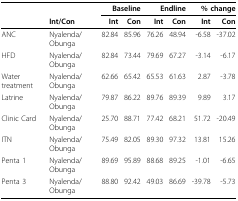
|  |  | <COLSPAN=2> Baseline | <COLSPAN=2> Endline | <COLSPAN=2> % change |
 |  | Int/Con | Int | Con | Int | Con | Int | Con |
 | --- | --- | --- | --- | --- | --- | --- | --- |
 | ANC | Nyalenda/Obunga | 82.84 | 85.96 | 76.26 | 48.94 | -6.58 | -37.02 |
 | HFD | Nyalenda/Obunga | 82.84 | 73.44 | 79.69 | 67.27 | -3.14 | -6.17 |
 | Water treatment | Nyalenda/Obunga | 62.66 | 65.42 | 65.53 | 61.63 | 2.87 | -3.78 |
 | Latrine | Nyalenda/Obunga | 79.87 | 86.22 | 89.76 | 89.39 | 9.89 | 3.17 |
 | Clinic Card | Nyalenda/Obunga | 25.70 | 88.71 | 77.42 | 68.21 | 51.72 | -20.49 |
 | ITN | Nyalenda/Obunga | 75.49 | 82.05 | 89.30 | 97.32 | 13.81 | 15.26 |
 | Penta 1 | Nyalenda/Obunga | 89.69 | 95.89 | 88.68 | 89.25 | -1.01 | -6.65 |
 | Penta 3 | Nyalenda/Obunga | 88.80 | 92.42 | 49.03 | 86.69 | -39.78 | -5.73 |